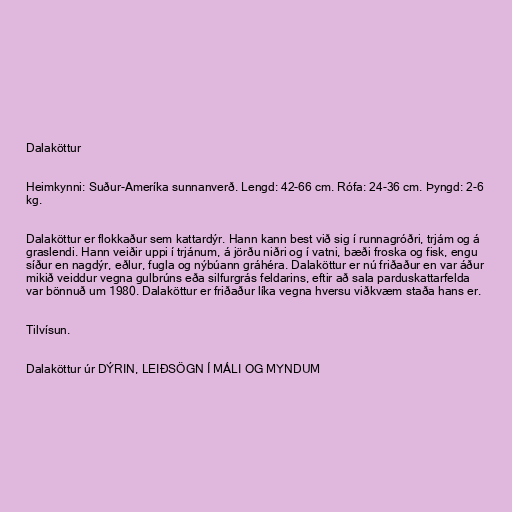
Dalaköttur

Heimkynni: Suður-Ameríka sunnanverð. Lengd: 42-66 cm. Rófa: 24-36 cm. Þyngd: 2-6
kg.

Dalaköttur er flokkaður sem kattardýr. Hann kann best við sig í runnagróðri, trjám og á
graslendi. Hann veiðir uppi í trjánum, á jörðu niðri og í vatni, bæði froska og fisk, engu
síður en nagdýr, eðlur, fugla og nýbúann gráhéra. Dalaköttur er nú friðaður en var áður
mikið veiddur vegna gulbrúns eða silfurgrás feldarins, eftir að sala parduskattarfelda
var bönnuð um 1980. Dalaköttur er friðaður líka vegna hversu viðkvæm staða hans er.

Tilvísun.

Dalaköttur úr DÝRIN, LEIÐSÖGN Í MÁLI OG MYNDUM